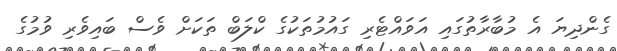
ގެންދިޔަ އެ މުބާރާތުގައި އަވައްޓެރި ގައުމުތަކުގެ ކްލަބް ތަކަށް ވެސް ބައިވެރި ވުމުގެ